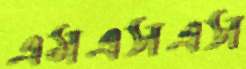
এমএসএস